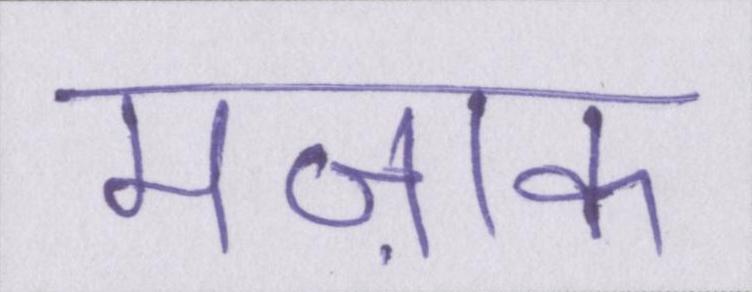
मज़ाक